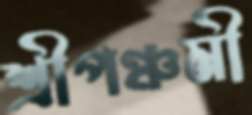
শ্রীপঞ্চমী